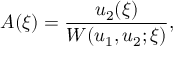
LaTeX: A ( \xi ) = { \frac { u _ { 2 } ( \xi ) } { W ( u _ { 1 } , u _ { 2 } ; \xi ) } } ,